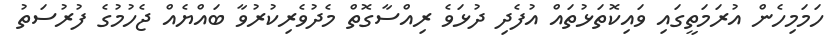
ހަމަމިހެން އުރަމަތީގައި ވައިކޮތަޅުތައް އުފެދި ދުޅަވެ ރިއްސާގޮތް މެދުވެރިކުރުވާ ބައްޔެއް ޖެހުމުގެ ފުރުސަތު